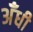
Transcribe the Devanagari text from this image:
अँधी